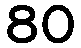
80